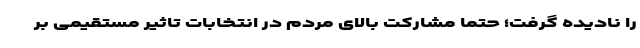
را نادیده گرفت؛ حتما مشارکت بالای مردم در انتخابات تاثیر مستقیمی بر